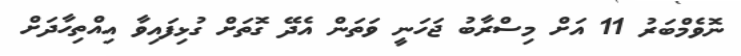
ނޮވެމްބަރު 11 އަށް މިސްރާބު ޖަހަނީ ވަތަން އެދޭ ގޮތަށް ގުޅިފައިވާ އިއްތިހާދަށް